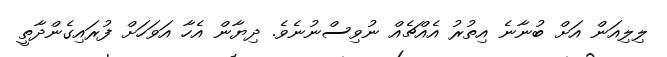
ލިލިއަން އަށް ބުނާނެ އިތުރު އެއްޗެއް ނުވިސްނުނެވެ. ދިޔާން އެހާ އަވަހަށް ފުރައިގެންދާތީ